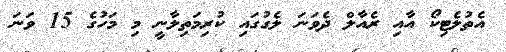
އެތުލެޓިކޯ އާއި ރެއާލް ދެވަނަ ލެގުގައި ކުރިމަތިލާނީ މި މަހުގެ 15 ވަނަ